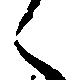
々